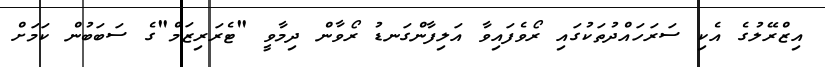
އިޒްރޭލުގެ އެކި ސަރަަހައްދުތަކުގައި ރޯވެފައިވާ އަލިފާންގަނޑު ރޯވާން ދިމާވީ "ޓެރަރިޒަމް"ގެ ސަބަބުން ކަމަށް